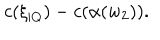
c ( \xi _ { | Q } ) - c ( \alpha ( w _ { 2 } ) ) .